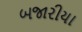
બજારીયા